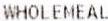
WHOLEMEAL